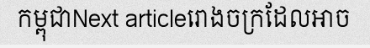
កម្ពុជាNext articleរោងចក្រដែលអាច